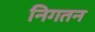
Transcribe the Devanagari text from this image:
निगतन